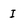
Character: I